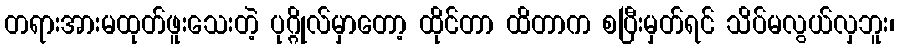
တရားအားမထုတ်ဖူးသေးတဲ့ ပုဂ္ဂိုလ်မှာတော့ ထိုင်တာ ထိတာက စပြီးမှတ်ရင် သိပ်မလွယ်လှဘူး၊